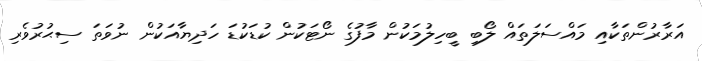
އަރާރުންތަކާއި މައްސަލަތައް ލޯބި ބީހިލުމަކުން މާފުގެ ނޯޓަކުން ކުޑަކުޑަ ހަދިޔާއަކުން ނުވަތަ ސިޙުރުވެރި